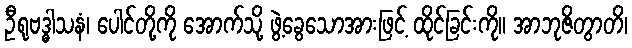
ဦရုဗဒ္ဓါသနံ၊ ပေါင်တို့ကို အောက်သို့ ဖွဲ့ခွေသောအားဖြင့် ထိုင်ခြင်းကို။ အာဘုဇိတွာတိ၊